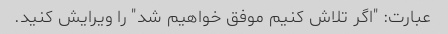
عبارت: "اگر تلاش کنیم موفق خواهیم شد" را ویرایش کنید.